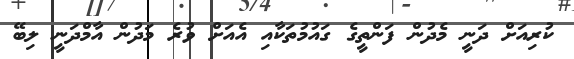
ކުރިއަށް ދަނީ މެދުން ފަންތީގެ ގައުމުތަކާާއި އެއަށް ވުރެ މަދުން އާމްދަނީ ލިބޭ